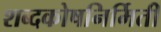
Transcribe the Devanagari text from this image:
शब्दकोषनिर्मिती